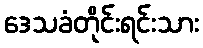
ဒေသခံတိုင်းရင်းသား